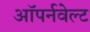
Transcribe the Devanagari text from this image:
ऑपर्नवेल्ट